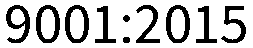
9001:2015